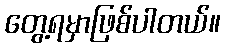
တွေ့ရမှာဖြစ်ပါတယ်။